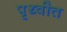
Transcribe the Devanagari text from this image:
पृथ्वीत